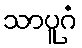
သာပူဂံ